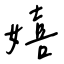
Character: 嬉